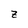
Character: Z